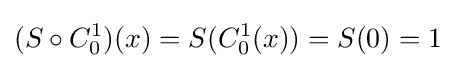
(S\circ C_{0}^{1})(x)=S(C_{0}^{1}(x))=S(0)=1